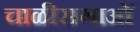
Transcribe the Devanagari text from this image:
चाळीसगाओं